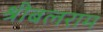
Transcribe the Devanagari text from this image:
श्रीबलराम